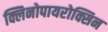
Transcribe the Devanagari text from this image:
क्लिनोपायरोक्सिन